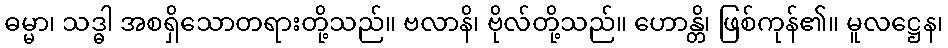
ဓမ္မာ၊ သဒ္ဓါ အစရှိသောတရားတို့သည်။ ဗလာနိ၊ ဗိုလ်တို့သည်။ ဟောန္တိ၊ ဖြစ်ကုန်၏။ မူလဋ္ဌေန၊